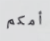
أمكم